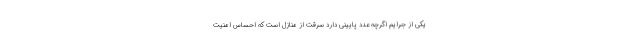
یکی از جرایم اگرچه عدد پایینی دارد سرقت از منازل است که احساس امنیت